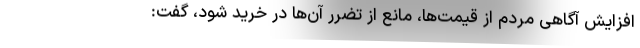
افزایش آگاهی مردم از قیمت‌ها، مانع از تضرر آن‌ها در خرید شود، گفت: